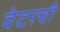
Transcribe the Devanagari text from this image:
वेटरची